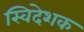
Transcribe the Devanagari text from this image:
स्विदेशक